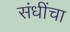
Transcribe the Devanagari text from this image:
संधींचा